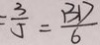
= \frac { 3 } { 5 } = \frac { B D } { 6 }